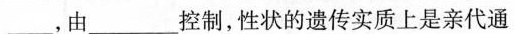
___，由___控制，性状的遗传实质上是亲代通